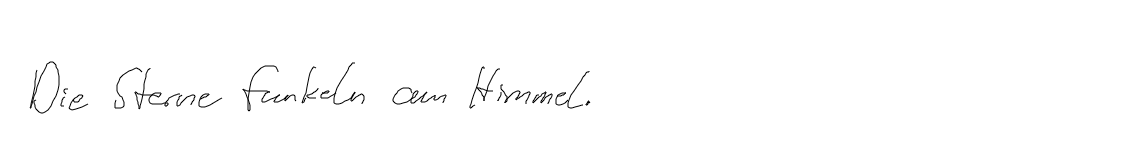
Die Sterne funkeln am Himmel.